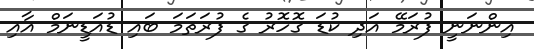
އިންނަނީ ފުރަމޭ އަދި ކުޑަ ގޮހޮރު ގެ ފުރަތަމަ ބައި ޑުއަޑީނަމް އާއި